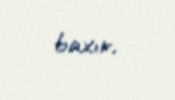
baxır.